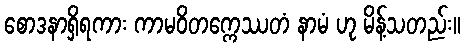
စောဒနာရှိရကား ကာမဝိတက္ကေဿတံ နာမံ ဟု မိန့်သတည်း။